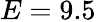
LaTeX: E=9.5